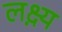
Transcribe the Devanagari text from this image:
लक्ष्य़